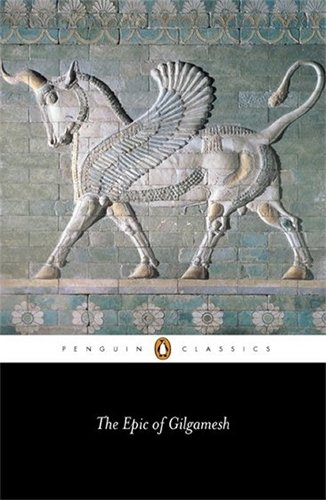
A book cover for The Epic of Gilgamesh (Penguin Classics); Anonymous; Literature & Fiction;